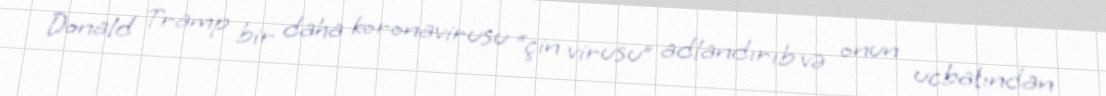
Donald Tramp bir daha koronavirusu “çin virusu” adlandırıb və onun ucbatından